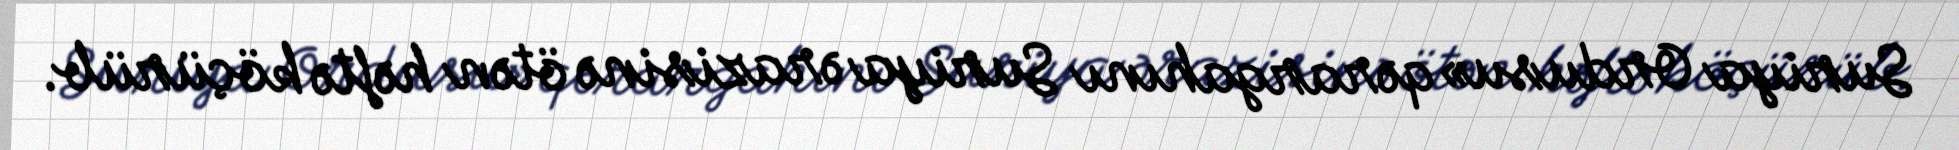
Suriya Ordusu» qərargahını Suriya ərazisinə ötən həftə köçürüb.